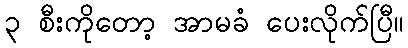
၃ စီးကိုတော့ အာမခံ ပေးလိုက်ပြီ။